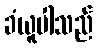
ခံယူပါသည်